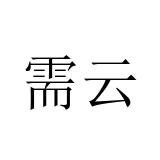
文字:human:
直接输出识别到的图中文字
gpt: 需云